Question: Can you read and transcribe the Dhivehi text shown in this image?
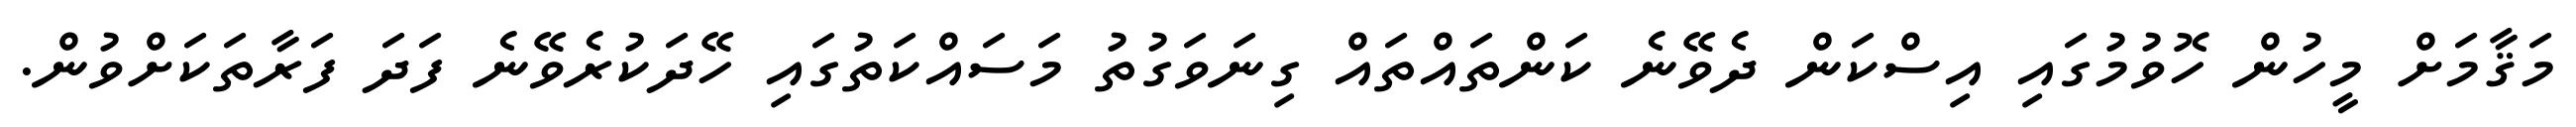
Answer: މަޤާމަށް މީހުން ހޮވުމުގައި އިސްކަން ދެވޭނެ ކަންތައްތައް ގިނަވަގުތު މަސައްކަތުގައި ހޭދަކުރެވޭނެ ފަދަ ފަރާތަކަށްވުން.